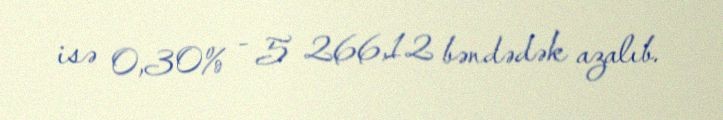
isə 0,30% - 5 266,12 bəndədək azalıb.